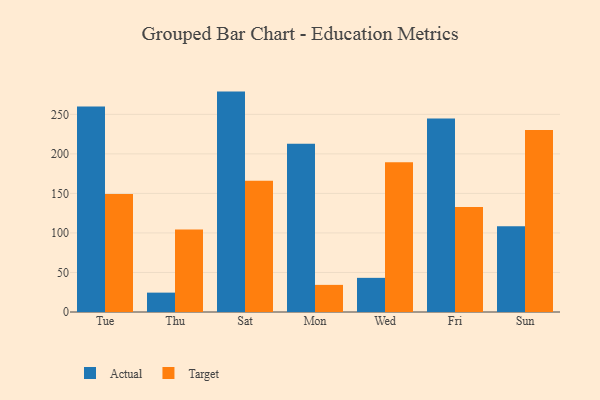
{"axis": {"x": "Day", "y": "Latency (ms)"}, "legend": ["Actual", "Target"], "data": [{"x": "Tue", "y": 260.1, "type": "Actual"}, {"x": "Tue", "y": 149.3, "type": "Target"}, {"x": "Thu", "y": 24.5, "type": "Actual"}, {"x": "Thu", "y": 104.3, "type": "Target"}, {"x": "Sat", "y": 278.8, "type": "Actual"}, {"x": "Sat", "y": 165.9, "type": "Target"}, {"x": "Mon", "y": 212.9, "type": "Actual"}, {"x": "Mon", "y": 34.3, "type": "Target"}, {"x": "Wed", "y": 43.2, "type": "Actual"}, {"x": "Wed", "y": 189.4, "type": "Target"}, {"x": "Fri", "y": 244.9, "type": "Actual"}, {"x": "Fri", "y": 132.8, "type": "Target"}, {"x": "Sun", "y": 108.6, "type": "Actual"}, {"x": "Sun", "y": 230.3, "type": "Target"}]}